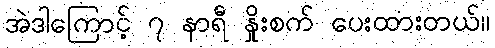
အဲဒါကြောင့် ၇ နာရီ နှိုးစက် ပေးထားတယ်။